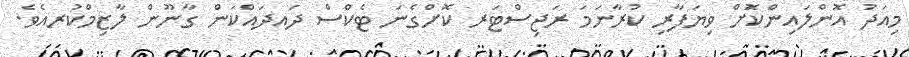
މިއަދު އޮންލައިންކޮަށް ވިޔަފާރި ކުރާނަމަ ރަޖިސްޓަރ ކޮށްގެނަ ޓެކްސް ދައދައްކަން ގާނޫން ލާޒިމްކުރއެވެ.